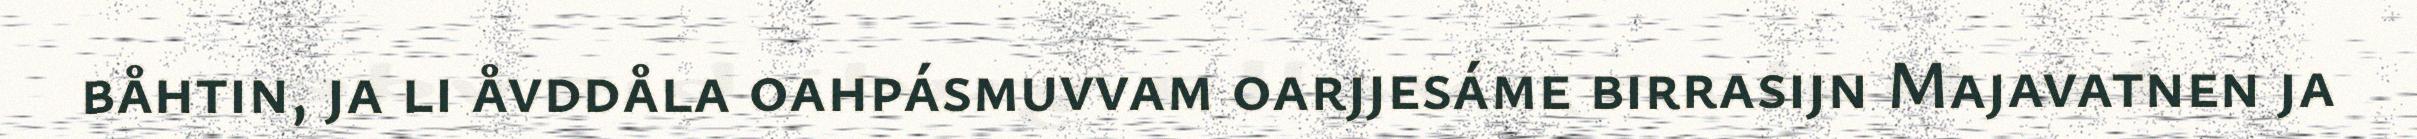
båhtin, ja li åvddåla oahpásmuvvam oarjjesáme birrasijn Majavatnen ja